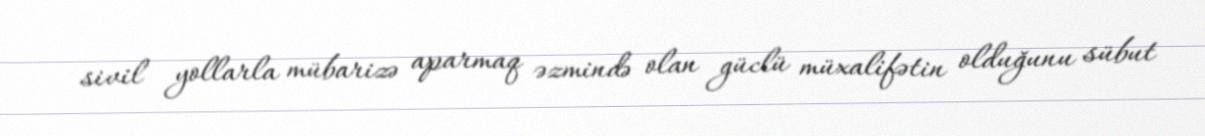
sivil yollarla mübarizə aparmaq əzmində olan güclü müxalifətin olduğunu sübut